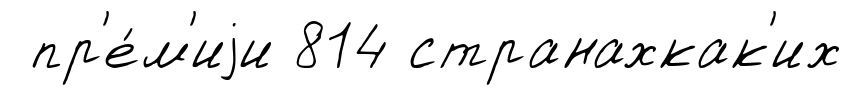
пр'е́м'иjи 814 странахкак'их